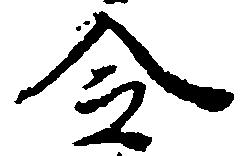
令